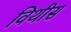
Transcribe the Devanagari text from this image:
विथीस